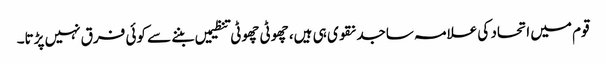
قوم میں اتحاد کی علامہ ساجد نقوی ہی ہیں، چھوٹی چھوٹی تنظیمیں بننے سے کوئی فرق نہیں پڑتا۔